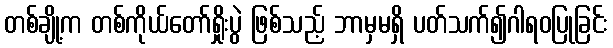
တစ်ချို့က တစ်ကိုယ်တော်ရှိုးပွဲ ဖြစ်သည့် ဘာမှမရှိ ပတ်သက်၍ဂါရဝပြုခြင်း